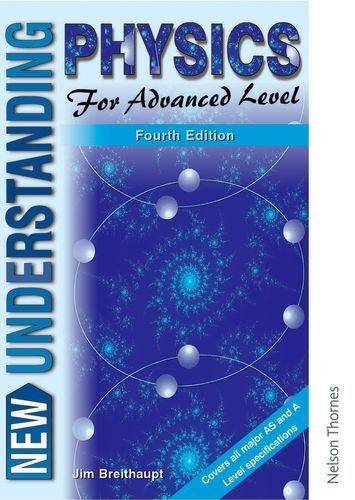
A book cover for New Understanding Physics for Advanced Level Fourth Edition; Jim Breithaupt; Teen & Young Adult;